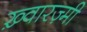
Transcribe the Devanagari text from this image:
ख़्वारज़्मी